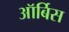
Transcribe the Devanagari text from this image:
ऑर्बिस